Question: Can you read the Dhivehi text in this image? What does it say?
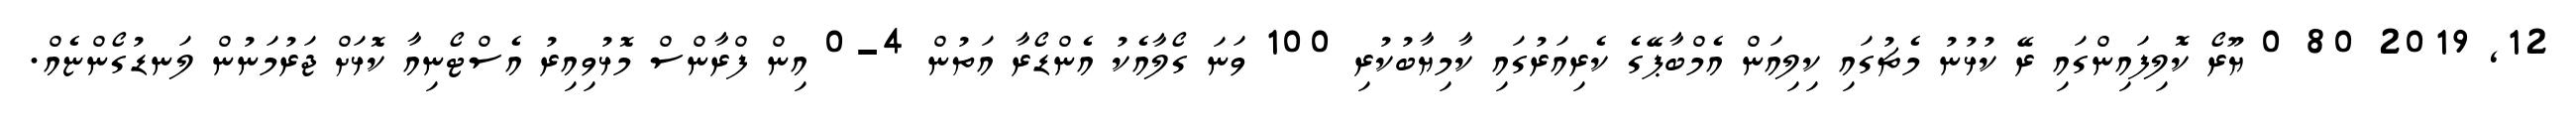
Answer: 12, 2019 80 0 ޔޫރޯ ކޮލިފައިންގައި ރޭ ކުޅުނު މެޗުގައި ކިލިއަން އެމްބާޕޭގެ ކެރިއަރުގައި ކާމިޔާބުކުރި 100 ވަނަ ގޯލާއެކު އެންޑޯރާ އަތުން 4-0 އިން ފްރާންސް މޮޅުވިއިރު އެސްޓޯނިއާ ކޮޅަށް ޖަރުމަނުން ލަނޑުގޯންޏެއް.